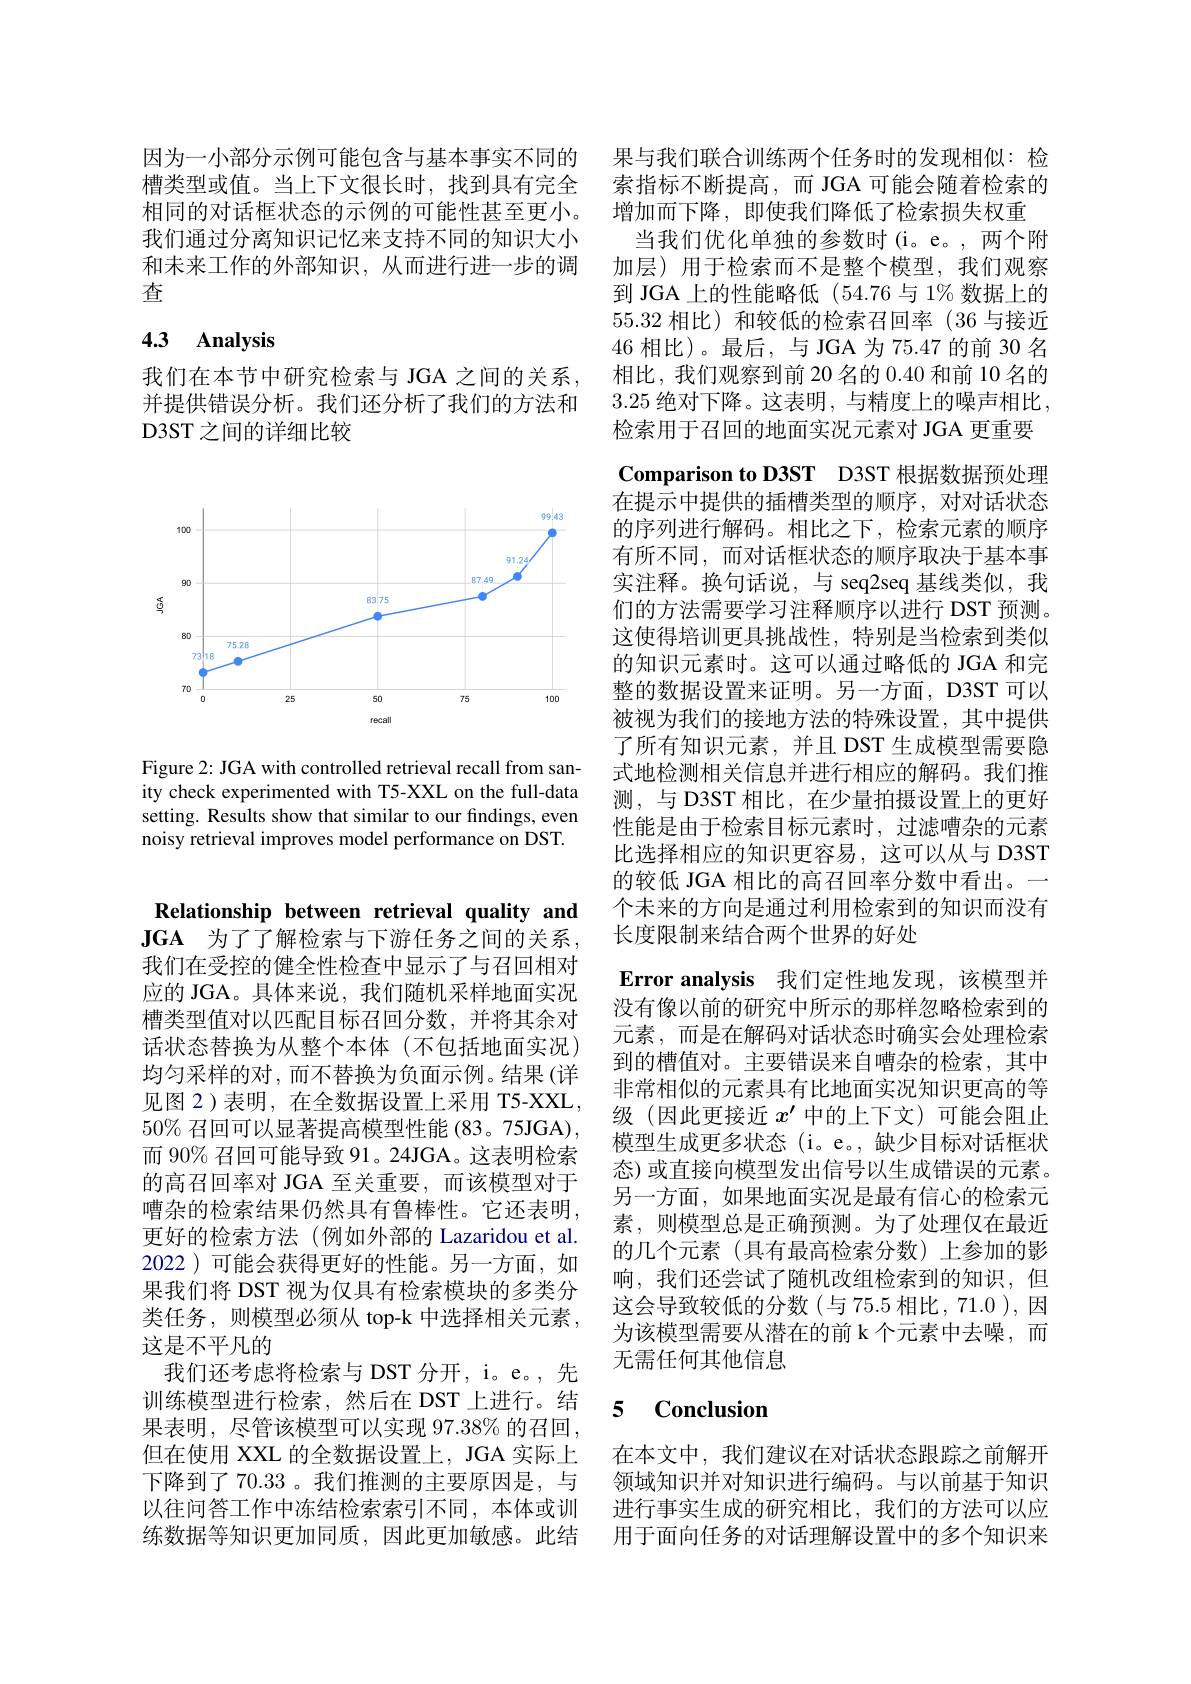
因为一小部分示例可能包含与基本事实不同的 果与我们联合训练两个任务时的发现相似：检槽类型或值。当上下文很长时，找到具有完全 索指标不断提高，而 JGA 可能会随着检索的相同的对话框状态的示例的可能性甚至更小。增加而下降，即使我们降低了检索损失权重
我们通过分离知识记忆来支持不同的知识大小 当我们优化单独的参数时(i。e。,两个附和未来工作的外部知识，从而进行进一步的调 加层)用于检索而不是整个模型，我们观察查

# 4.3 Analysis

我们在本节中研究检索与 JGA 之间的关系， 并提供错误分析。我们还分析了我们的方法和D3ST 之间的详细比较

<FigureHere>

Figure 2: JGA with controlled retrieval recall from sanity check experimented with T5-XXL on the full-data setting. Results show that similar to our findings, even noisy retrieval improves model performance on DST.

到 JGA 上的性能略低 (54.76 与 1% 数据上的55.32相比)和较低的检索召回率(36 与接近46相比)。最后，与 JGA 为 75.47 的前 30 名相比，我们观察到前 20 名的0.40和前 10 名的3.25 绝对下降。这表明，与精度上的噪声相比， 检索用于召回的地面实况元素对 JGA 更重要Comparison to D3ST D3ST 根据数据预处理在提示中提供的插槽类型的顺序，对对话状态的序列进行解码。相比之下，检索元素的顺序有所不同，而对话框状态的顺序取决于基本事实注释。换句话说，与 seq2seq 基线类似，我们的方法需要学习注释顺序以进行 DST 预测。这使得培训更具挑战性，特别是当检索到类似的知识元素时。这可以通过略低的 JGA 和完整的数据设置来证明。另一方面，D3ST 可以被视为我们的接地方法的特殊设置，其中提供了所有知识元素，并且 DST 生成模型需要隐式地检测相关信息并进行相应的解码。我们推测，与 D3ST 相比，在少量拍摄设置上的更好性能是由于检索目标元素时，过滤嘈杂的元素比选择相应的知识更容易，这可以从与 D3ST 的较低 JGA 相比的高召回率分数中看出。一个未来的方向是通过利用检索到的知识而没有长度限制来结合两个世界的好处
Error analysis 我们定性地发现，该模型并没有像以前的研究中所示的那样忽略检索到的元素，而是在解码对话状态时确实会处理检索到的槽值对。主要错误来自嘈杂的检索，其中非常相似的元素具有比地面实况知识更高的等级 (因此更接近$x^{\prime}$中的上下文)可能会阻止模型生成更多状态(i。e。,缺少目标对话框状态) 或直接向模型发出信号以生成错误的元素。另一方面，如果地面实况是最有信心的检索元素，则模型总是正确预测。为了处理仅在最近的几个元素(具有最高检索分数)上参加的影响，我们还尝试了随机改组检索到的知识，但这会导致较低的分数(与75.5 相比，71.0 ), 因为该模型需要从潜在的前 k 个元素中去噪，而无需任何其他信息

# 5 Conclusion

在本文中，我们建议在对话状态跟踪之前解开

Relationship between retrieval quality and $\mathbf{JGA}$ 为了了解检索与下游任务之间的关系， 我们在受控的健全性检查中显示了与召回相对应的 JGA。具体来说，我们随机采样地面实况槽类型值对以匹配目标召回分数，并将其余对话状态替换为从整个本体(不包括地面实况) 均匀采样的对，而不替换为负面示例。结果(详见图 2)表明，在全数据设置上采用 T5-XXL, $50\%$召回可以显著提高模型性能 (83。75JGA), 而 90% 召回可能导致 91。24JGA。这表明检索的高召回率对 JGA 至关重要，而该模型对于嘈杂的检索结果仍然具有鲁棒性。它还表明， 更好的检索方法(例如外部的 Lazaridou et al. 2022 )可能会获得更好的性能。另一方面，如果我们将 DST 视为仅具有检索模块的多类分类任务，则模型必须从 top-k 中选择相关元素， 这是不平凡的
我们还考虑将检索与 DST 分开，i。e。, 先训练模型进行检索，然后在 DST 上进行。结果表明，尽管该模型可以实现 97.38% 的召回， 但在使用 XXL 的全数据设置上，JGA 实际上下降到了 70.33。我们推测的主要原因是，与 领域知识并对知识进行编码。与以前基于知识以往问答工作中冻结检索索引不同，本体或训 进行事实生成的研究相比，我们的方法可以应练数据等知识更加同质，因此更加敏感。此结  用于面向任务的对话理解设置中的多个知识来